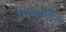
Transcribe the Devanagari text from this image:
चित्रापर्यंत